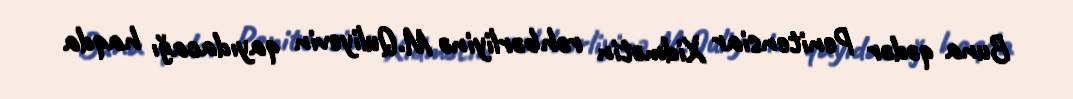
Buna qədər Penitensiar Xidmətin rəhbərliyinə M.Quliyevin qayıdacağı haqda